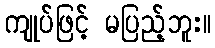
ကျုပ်ဖြင့် မပြည့်ဘူး။